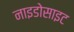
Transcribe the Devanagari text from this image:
नाइडोसाइट